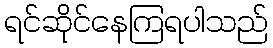
ရင်ဆိုင်နေကြရပါသည်